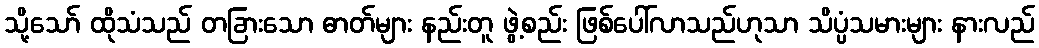
သို့သော် ထိုသံသည် တခြားသော ဓာတ်များ နည်းတူ ဖွဲ့စည်း ဖြစ်ပေါ်လာသည်ဟုသာ သိပ္ပံသမားများ နားလည်